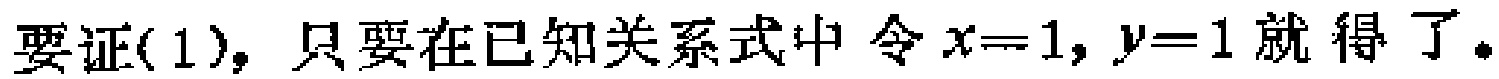
要证(1)，只要在已知关系式中 令 \(x = 1, y = 1\) 就得了。